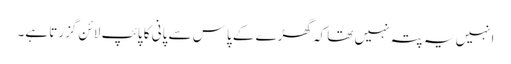
انہیں یہ پتہ نہیں تھا کہ گھڑے کے پاس سے پانی کا پائپ لائن گزرتا ہے۔